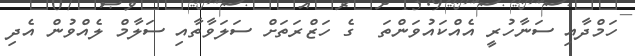
ހަމްދާއި ސަނާހުރީ އެއްކައުވަންތަ  ގެ ހަޒްރަތަށް ސަލަވާތާއި ސަލާމް ލެއްވުން އެދި